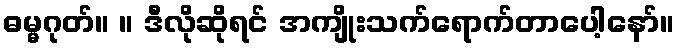
ဓမ္မဂုတ်။ ။ ဒီလိုဆိုရင် အကျိုးသက်ရောက်တာပေါ့နော်။